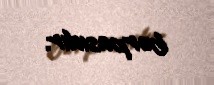
bərpasıdır.